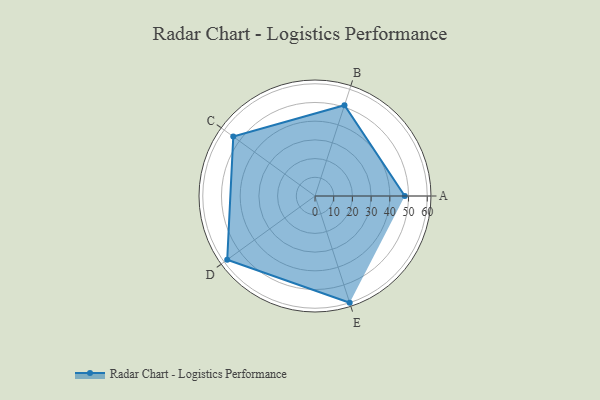
{"axis": {"x": "Skill", "y": "Score"}, "legend": ["Profile"], "data": [{"x": "A", "y": 48.0, "type": "Profile"}, {"x": "B", "y": 51.0, "type": "Profile"}, {"x": "C", "y": 54.0, "type": "Profile"}, {"x": "D", "y": 58.0, "type": "Profile"}, {"x": "E", "y": 60.0, "type": "Profile"}]}